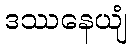
ဒဿနေယျံ